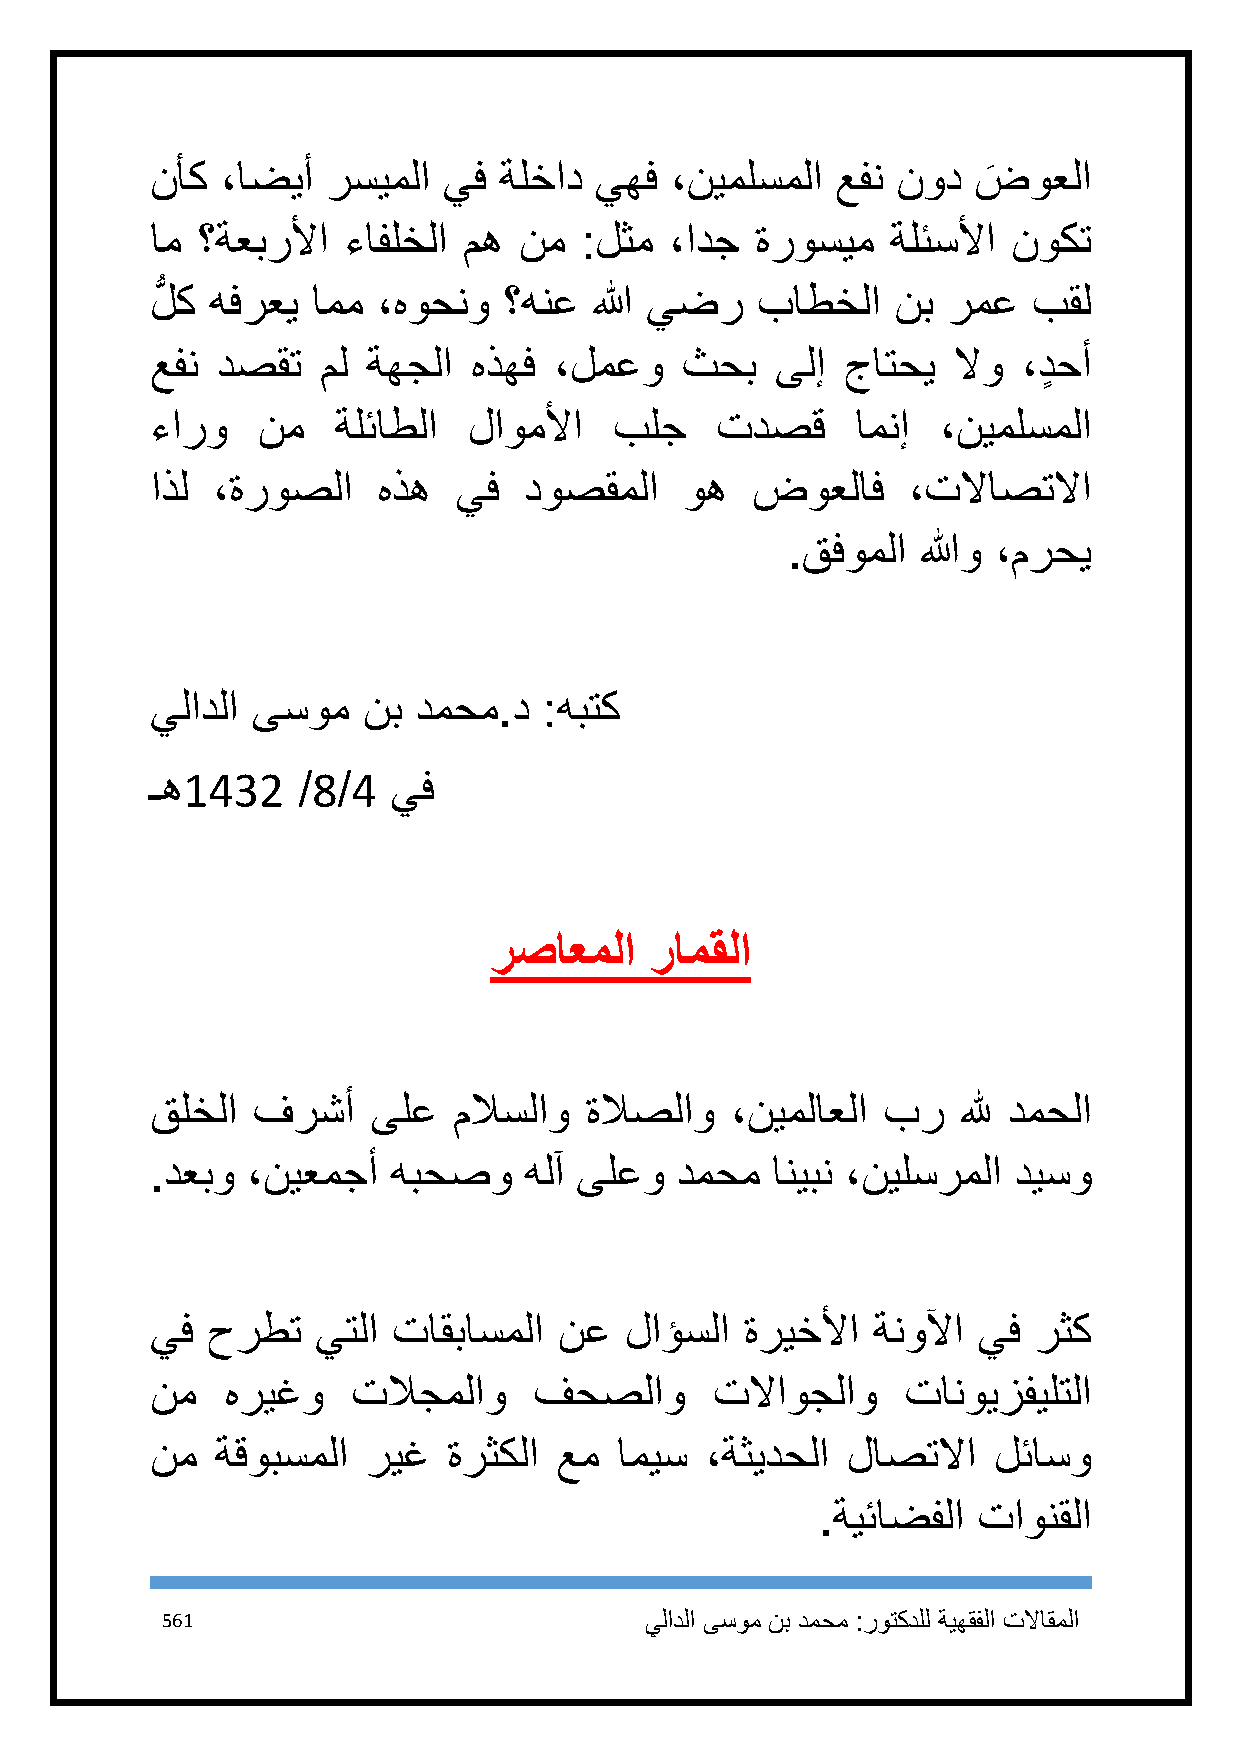
نأك  ،اضيأ  رسيملا يف  ةلخاد يهف  ،نيملسملا  عفن نود  ضوعلا
 َ
 ام ؟ةعبرلأا  ءافلخلا مه نم  :لثم  ،ادج  ةروسيم   ةلئسلأا نوكت
 لُّ ك هفرعي امم ،هوحنو ؟هنع  الله يضر   باطخلا   نب  رمع  بقل
 عفن دصقت   مل ةهجلا  هذهف  ،لمعو   ثحب   ىلإ  جاتحي  لاو  ،دٍ حأ
 ءارو   نم   ةلئاطلا  لاوملأا   بلج   تدصق      امنإ ،نيملسملا
 اذل ،ةروصلا    هذه  يف   دوصقملا   وه   ضوعلاف    ،تلااصتلاا
 .قفوملا  اللهو ،مرحي
 يلادلا ىسوم   نب دمحم.د   :هبتك
 ـه1432    /8/4  يف
 رصاعملا    رامقلا
 قلخلا  فرشأ    ىلع  ملاسلاو  ةلاصلاو  ،نيملاعلا بر    لله دمحلا
 .دعبو ،نيعمجأ   هبحصو    هلآ ىلعو  دمحم  انيبن ،نيلسرملا ديسو
 يف  حرطت   يتلا تاقباسملا  نع  لاؤسلا  ةريخلأا  ةنولآا يف رثك
 نم   هريغو   تلاجملاو    فحصلاو      تلااوجلاو    تانويزفيلتلا
 نم  ةقوبسملا  ريغ   ةرثكلا عم  اميس  ،ةثيدحلا لاصتلاا   لئاسو
 .ةيئاضفلا  تاونقلا
 561                             يلادلا ىسوم نب دمحم :روتكدلل ةيهقفلا تلااقملا